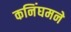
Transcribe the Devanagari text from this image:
कनिंघमने